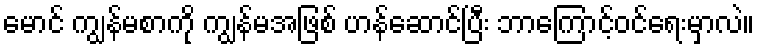
မောင် ကျွန်မစာကို ကျွန်မအဖြစ် ဟန်ဆောင်ပြီး ဘာကြောင့်ဝင်ရေးမှာလဲ။